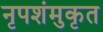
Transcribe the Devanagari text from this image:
नृपशंमुकृत